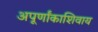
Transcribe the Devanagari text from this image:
अपूर्णांकाशिवाय